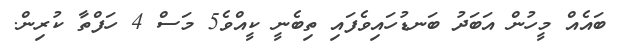
ބައެއް މީހުން އަބަދު ބަނޑުހައިވެފައި ތިބެނީ ކީއްވެ5 މަސް 4 ހަފްތާ ކުރިން.